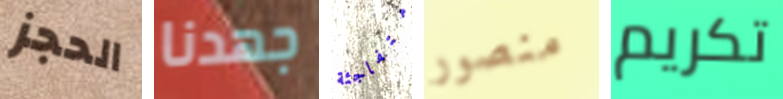
الحجز جهدنا متفاجئة منصور تكريم